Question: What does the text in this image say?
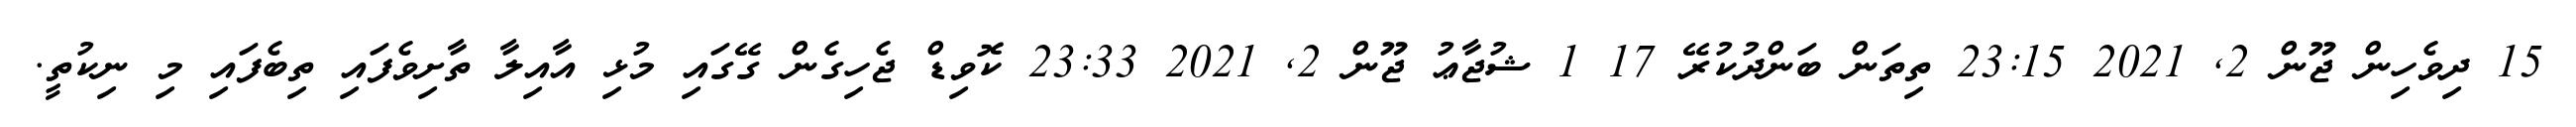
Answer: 15 ދިވެހިން ޖޫން 2, 2021 23:15 ތިތަން ބަންދުކުރޭ 17 1 ޝުޖާޢު ޖޫން 2, 2021 23:33 ކޮވިޑް ޖެހިގެން ގޭގައި މުޅި އާއިލާ ތާށިވެފައި ތިބެފައި މި ނިކުތީ.